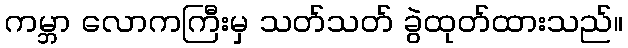
ကမ္ဘာ လောကကြီးမှ သတ်သတ် ခွဲထုတ်ထားသည်။